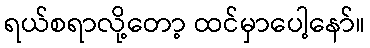
ရယ်စရာလို့တော့ ထင်မှာပေါ့နော်။